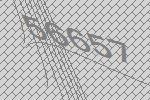
56657